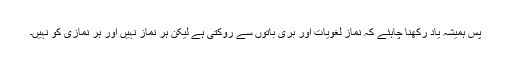
پس ہمیشہ یاد رکھنا چاہئے کہ نماز لغویات اور بری باتوں سے روکتی ہے لیکن ہر نماز نہیں اور ہر نمازی کو نہیں۔